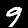
Label: 9